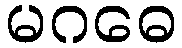
မဂဓေ